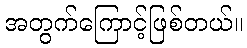
အတွက်ကြောင့်ဖြစ်တယ်။